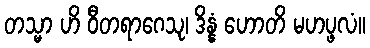
တသ္မာ ဟိ ဝီတရာဂေသု၊ ဒိန္နံ ဟောတိ မဟပ္ဖလံ။